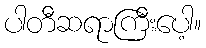
ပါတီဆရာကြီးပေါ့။